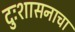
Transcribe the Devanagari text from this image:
दुःशासनाचा